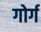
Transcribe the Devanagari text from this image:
गोर्ग